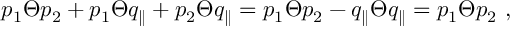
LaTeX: p _ { 1 } \Theta p _ { 2 } + p _ { 1 } \Theta q _ { \parallel } + p _ { 2 } \Theta q _ { \parallel } = p _ { 1 } \Theta p _ { 2 } - q _ { \parallel } \Theta q _ { \parallel } = p _ { 1 } \Theta p _ { 2 } ~ ,